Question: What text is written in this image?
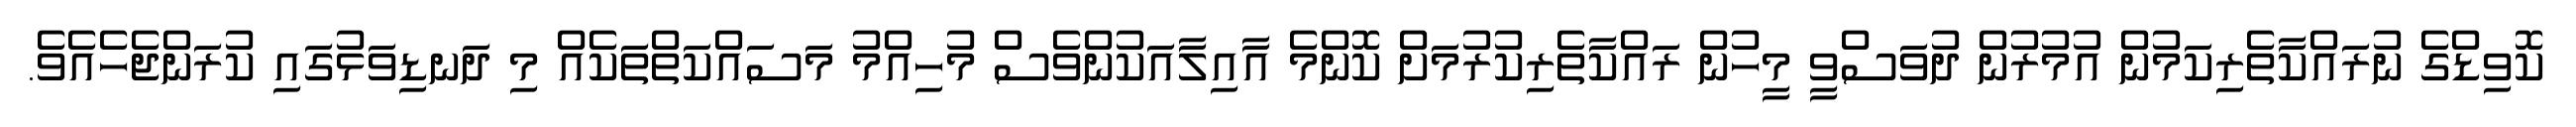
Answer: ކޮވިޑްގެ ނުރައްކާތެރިކަމުން އުމުރުން ދުވަސްވީ މީހުން ރައްކާތެރިކުރުމަށް ކޮންމެ އާއިލާއަކުންވެސް މުހިއްމު މަސައްކަތްތަކެއް މި ދަނޑިވަޅުގައި ކުރަންޖެހެއެވެ.